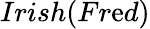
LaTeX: Irish(Fr\mathrm{e}d)